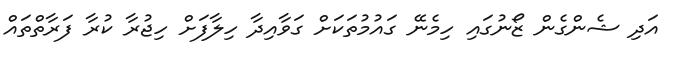
އަދި ޝެންގެން ޒޯނުގައި ހިމެނޭ ގައުމުތަކަށް ގަވާއިދާ ހިލާފަށް ހިޖުރާ ކުރާ ފަރާތްތައް